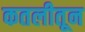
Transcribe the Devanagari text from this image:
कतलीतून